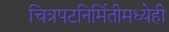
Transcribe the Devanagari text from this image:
चित्रपटनिर्मितीमध्येही